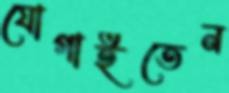
যোগাইতেন